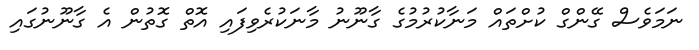
ނަމަވެސް ގޭންގް ކުށްތައް މަނާކުރުމުގެ ގާނޫނު މާނަކުރެވިފައި އޮތް ގޮތުން އެ ގާނޫނުގައި